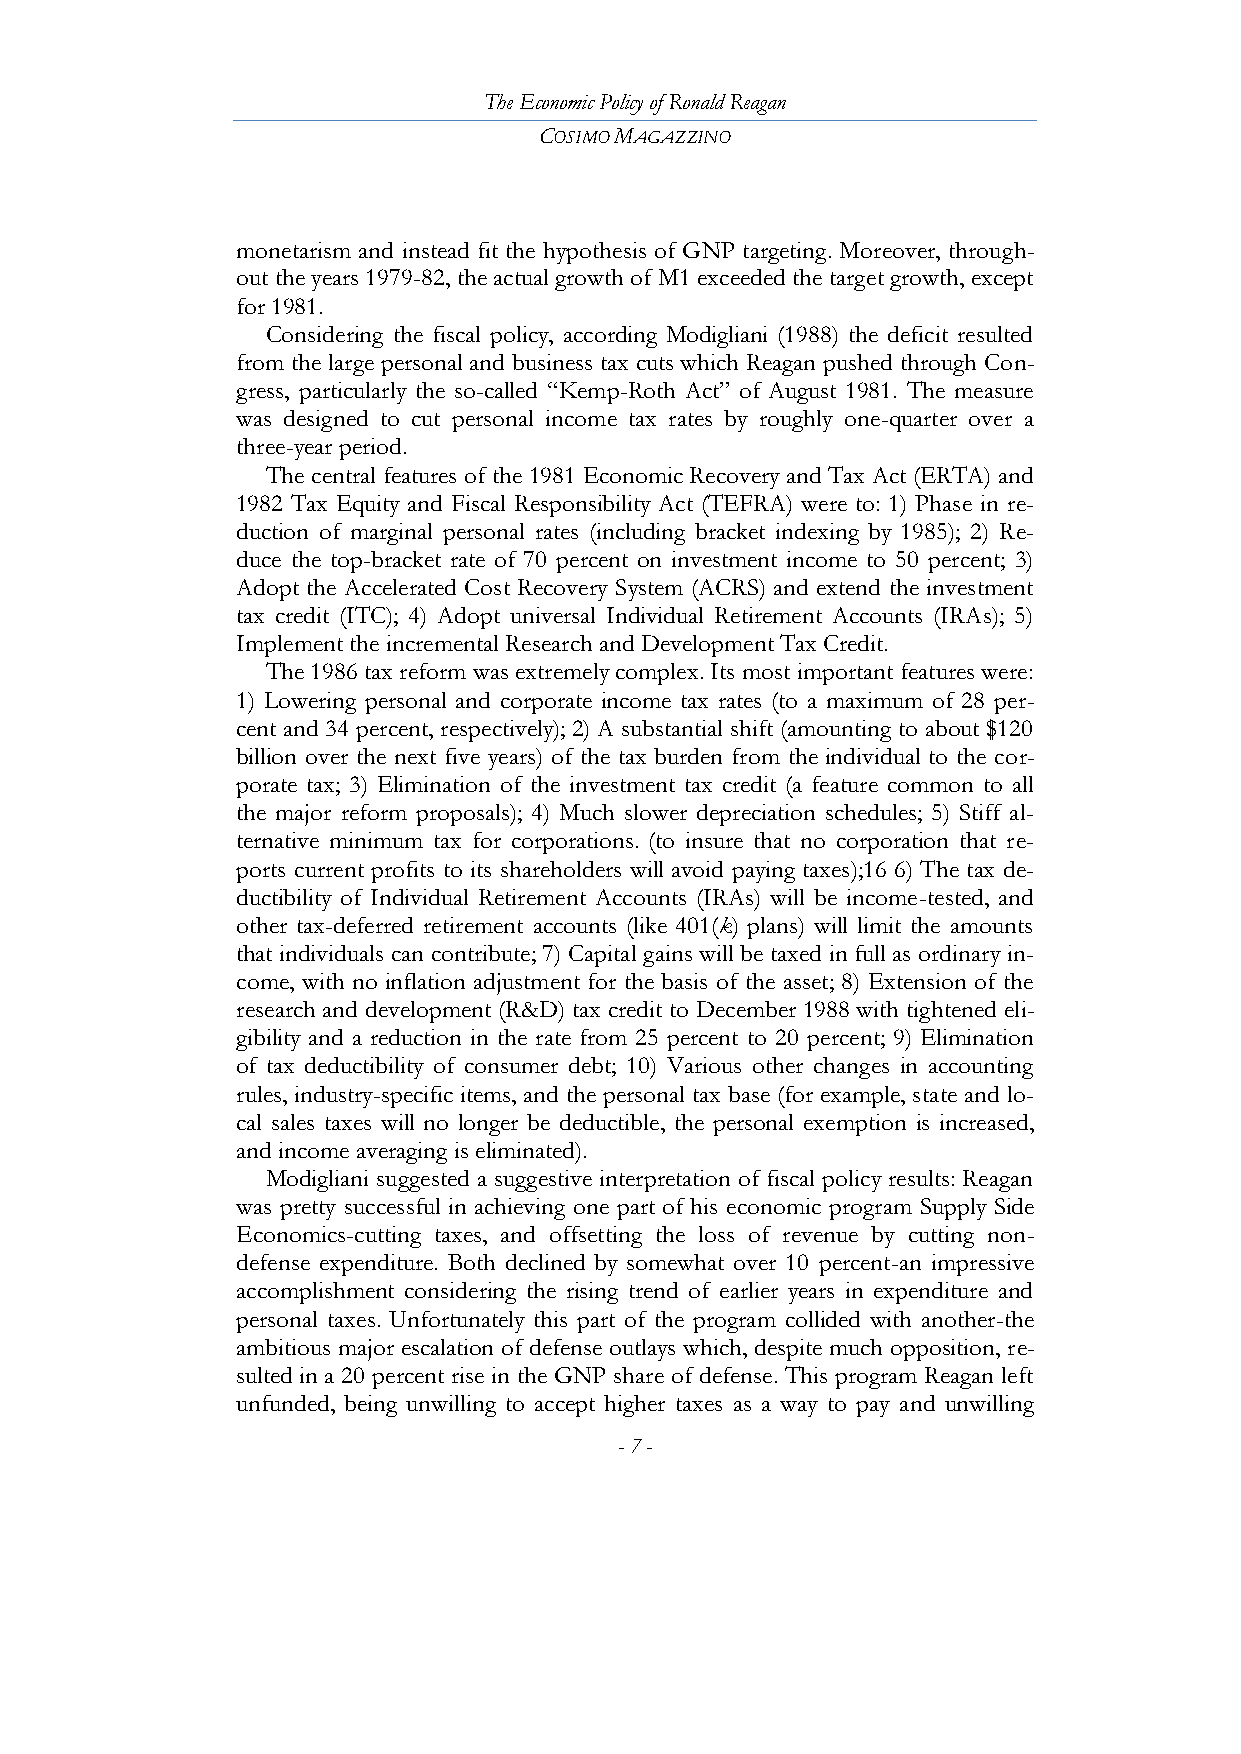
The Economic Policy of Ronald Reagan
 COSIMO MAGAZZINO
 monetarism and instead fit the hypothesis of GNP targeting. Moreover, through-
 out the years 1979-82, the actual growth of M1 exceeded the target growth, except
 for 1981.
 Considering the fiscal policy, according Modigliani (1988) the deficit resulted
 from the large personal and business tax cuts which Reagan pushed through Con-
 gress, particularly the so-called ―Kemp-Roth Act‖ of August 1981. The measure
 was designed to cut personal income tax rates by roughly one-quarter over a
 three-year period.
 The central features of the 1981 Economic Recovery and Tax Act (ERTA) and
 1982 Tax Equity and Fiscal Responsibility Act (TEFRA) were to: 1) Phase in re-
 duction of marginal personal rates (including bracket indexing by 1985); 2) Re-
 duce the top-bracket rate of 70 percent on investment income to 50 percent; 3)
 Adopt the Accelerated Cost Recovery System (ACRS) and extend the investment
 tax credit (ITC); 4) Adopt universal Individual Retirement Accounts (IRAs); 5)
 Implement the incremental Research and Development Tax Credit.
 The 1986 tax reform was extremely complex. Its most important features were:
 1) Lowering personal and corporate income tax rates (to a maximum of 28 per-
 cent and 34 percent, respectively); 2) A substantial shift (amounting to about $120
 billion over the next five years) of the tax burden from the individual to the cor-
 porate tax; 3) Elimination of the investment tax credit (a feature common to all
 the major reform proposals); 4) Much slower depreciation schedules; 5) Stiff al-
 ternative minimum tax for corporations. (to insure that no corporation that re-
 ports current profits to its shareholders will avoid paying taxes);16 6) The tax de-
 ductibility of Individual Retirement Accounts (IRAs) will be income-tested, and
 other tax-deferred retirement accounts (like 401(k) plans) will limit the amounts
 that individuals can contribute; 7) Capital gains will be taxed in full as ordinary in-
 come, with no inflation adjustment for the basis of the asset; 8) Extension of the
 research and development (R&D) tax credit to December 1988 with tightened eli-
 gibility and a reduction in the rate from 25 percent to 20 percent; 9) Elimination
 of tax deductibility of consumer debt; 10) Various other changes in accounting
 rules, industry-specific items, and the personal tax base (for example, state and lo-
 cal sales taxes will no longer be deductible, the personal exemption is increased,
 and income averaging is eliminated).
 Modigliani suggested a suggestive interpretation of fiscal policy results: Reagan
 was pretty successful in achieving one part of his economic program Supply Side
 Economics-cutting taxes, and offsetting the loss of revenue by cutting non-
 defense expenditure. Both declined by somewhat over 10 percent-an impressive
 accomplishment considering the rising trend of earlier years in expenditure and
 personal taxes. Unfortunately this part of the program collided with another-the
 ambitious major escalation of defense outlays which, despite much opposition, re-
 sulted in a 20 percent rise in the GNP share of defense. This program Reagan left
 unfunded, being unwilling to accept higher taxes as a way to pay and unwilling
 - 7 -